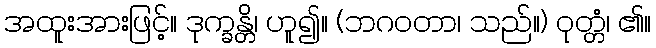
အထူးအားဖြင့်။ ဒုက္ခန္တိ၊ ဟူ၍။ (ဘဂဝတာ၊ သည်။) ဝုတ္တံ၊ ၏။